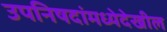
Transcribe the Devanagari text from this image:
उपनिषदांमध्येदेखील